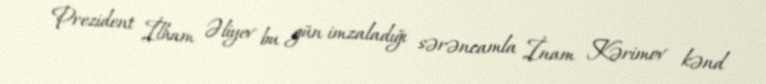
Prezident İlham Əliyev bu gün imzaladığı sərəncamla İnam Kərimov kənd